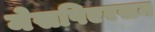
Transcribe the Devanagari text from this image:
मेसपिएरसन